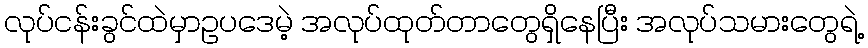
လုပ်ငန်းခွင်ထဲမှာဥပဒေမဲ့ အလုပ်ထုတ်တာတွေရှိနေပြီး အလုပ်သမားတွေရဲ့